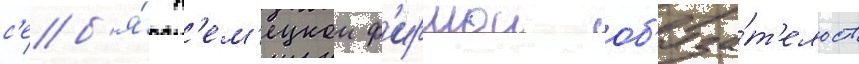
с'еб'я́ н'ем'ецкои ф'ирмои об'яза́т'ельств